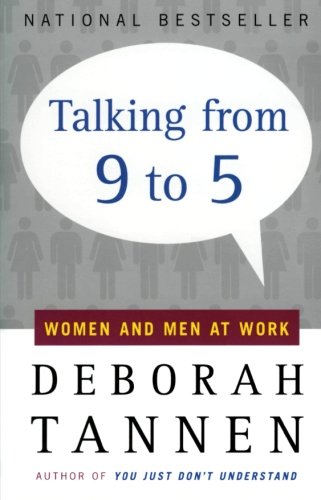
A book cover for Talking from 9 to 5: Women and Men at Work; Deborah Tannen; Business & Money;